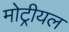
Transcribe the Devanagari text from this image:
मोट्रीयल